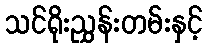
သင်ရိုးညွှန်းတမ်းနှင့်